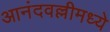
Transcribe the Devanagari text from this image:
आनंदवल्लीमध्ये